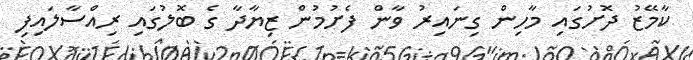
ކާމޭޒު ދޮށުގައި މާހިން ގިނައިރު ވާން ފެށުމުން ޒިޔާދާ ގެ ބޮލުގައި ރިއްސާލައިފި